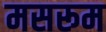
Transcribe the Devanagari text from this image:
मसरूम